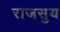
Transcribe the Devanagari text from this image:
राजसुय